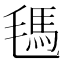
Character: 𰚧